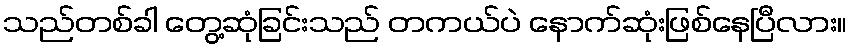
သည်တစ်ခါ တွေ့ဆုံခြင်းသည် တကယ်ပဲ နောက်ဆုံးဖြစ်နေပြီလား။